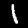
Digit: 1